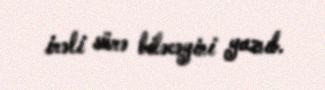
irəli sürə biləcəyini yazıb.